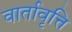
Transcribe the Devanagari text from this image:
वार्तावृत्ति